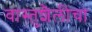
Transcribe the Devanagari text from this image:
वास्तुशैलींचा